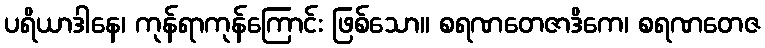
ပရိယာဒါနေ၊ ကုန်ရာကုန်ကြောင်း ဖြစ်သော။ စရဏတေဇာဒိကေ၊ စရဏတေဇ